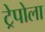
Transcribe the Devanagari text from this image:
ट्रेपोला